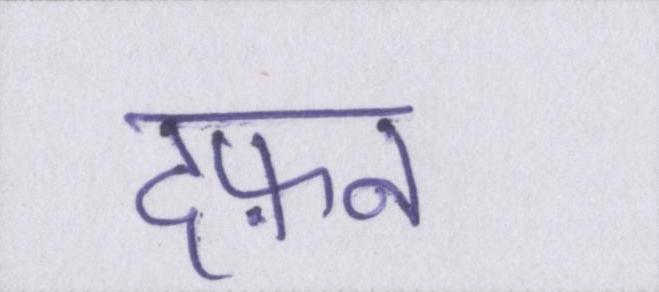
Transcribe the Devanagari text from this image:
दफ़न